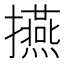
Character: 𭣅